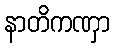
နာတိကဏှာ